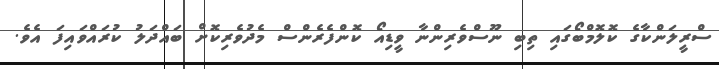
ސްރީލަންކާގެ ކޮލޮމްބޯގައި ތިބި ނޫސްވެރިންނާ ވީޑިއޯ ކޮންފެރެންސް މެދުވެރިކޮށް ބައްދަލު ކުރައްވައިފަ އެވެ.